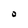
Character: O